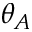
\theta _ { A }